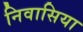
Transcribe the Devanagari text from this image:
निवासिया